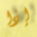
إذا